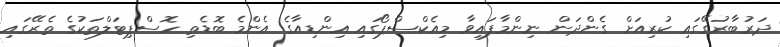
ދަރުބާރުގޭގައި ކުރިއަށް ގެންދަން ނިންމާފައިވާ މިއެކްސްޕޯގައި އިންޑިއާގެ އެންމެ ބޮޑެތި ހޮސްޕިޓަލްތަކުގެ ތެރޭގައި